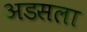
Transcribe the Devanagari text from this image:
अडसला